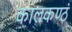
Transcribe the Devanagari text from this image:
कालकण्ठं